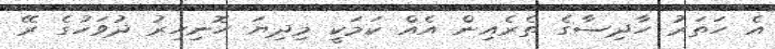
އެ ހަތަރު ހާދިސާގެ ތެރެއިން އެއް ކަމަކީ މިދިޔަ ހޮނިހިރު ދުވަހުގެ ރޭ